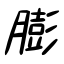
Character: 膨